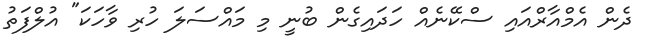
ދެން އެމްއާރްއައި ސްކޭނެއް ހަދައިގެން ބުނީ މި މައްސަލަ ހުރި ވާހަކަ" އުލްފަތު